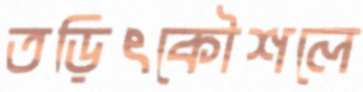
তড়িৎকৌশলে